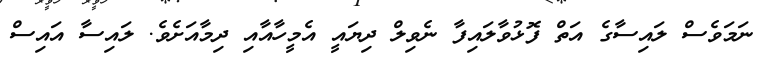
ނަމަވެސް ލައިސާގެ އަތް ފޮޅުވާލައިފާ ނެވިލް ދިޔައީ އެމީހާއާއި ދިމާއަށެވެ. ލައިސާ އައިސް